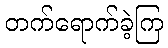
တက်ရောက်ခဲ့ကြ